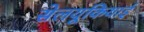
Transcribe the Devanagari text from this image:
सेलयूकियाई